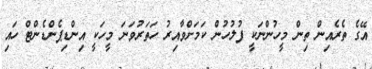
އޭގެ ތެރެއިން ތިން މީހުންނަކީ ފުލުހުން ކަމަށްވާއިރު ހަތަރުވަނަ މީހަކީ އިންޑިޕެންޑެންޓް ހައި